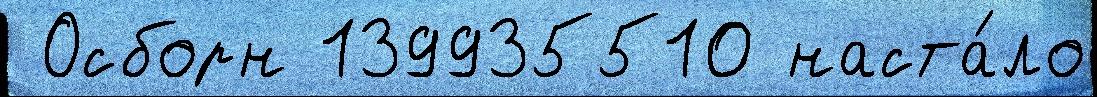
 Осборн 139935510 наста́ло